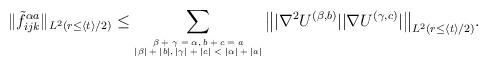
LaTeX: \begin{align*} \|\tilde{f}_{ijk}^{\alpha a}\|_{L^2(r\leq \langle t\rangle/2)}\leq\sum_{\tiny\begin{matrix} \beta+\gamma=\alpha, b + c = a\\|\beta|+|b|,|\gamma|+|c|<|\alpha|+|a| \end{matrix}}\big\| |\nabla^2 U^{(\beta,b)}| |\nabla U^{(\gamma,c)}|\big\|_{L^2(r\leq \langle t\rangle/2)}.\end{align*}